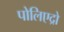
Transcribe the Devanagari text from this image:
पोलिएद्रो